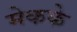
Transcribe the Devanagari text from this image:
मेकके